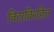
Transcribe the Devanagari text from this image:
विटाविरहित